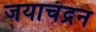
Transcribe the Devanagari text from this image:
जयाचंद्रन